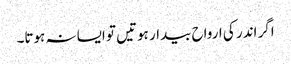
اگر اندر کی ارواح بیدار ہوتیں تو ایسا نہ ہوتا۔